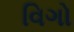
વિગો